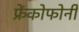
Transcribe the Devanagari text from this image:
फ्रेंकोफोनी